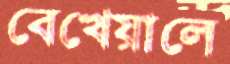
বেখেয়ালে